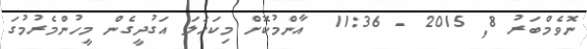
ނޮވެމްބަރު 8